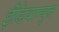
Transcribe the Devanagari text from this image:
ईंडियान्युज